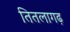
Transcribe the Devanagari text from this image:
तितलागढ़